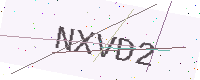
Text: NXVD2